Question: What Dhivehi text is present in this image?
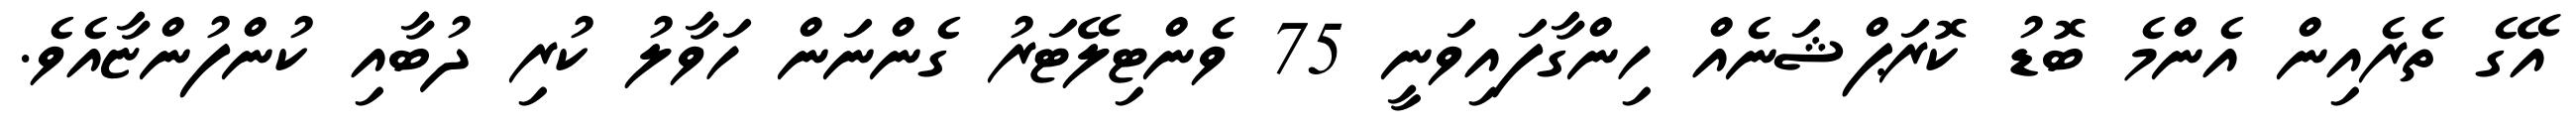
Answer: އޭގެ ތެރެއިން އެންމެ ބޮޑު ކޮރަޕްޝަނެއް ހިންގާފައިވަނީ 75 ވެންޓިލޭޓަރު ގެންނަން ހަވާލު ކުރި ދުބާއި ކުންފުންޏާއެވެ.